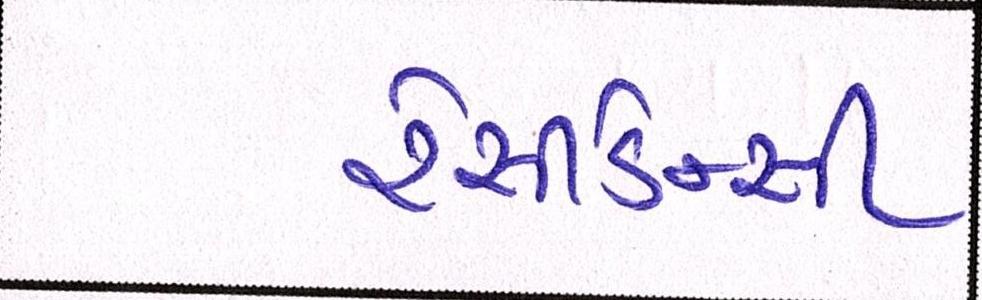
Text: રેસીડેન્સી